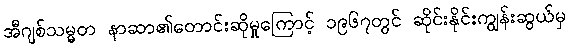
အီဂျစ်သမ္မတ နာဆာ၏တောင်းဆိုမှုကြောင့် ၁၉၆၇တွင် ဆိုင်းနိုင်းကျွန်းဆွယ်မှ